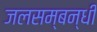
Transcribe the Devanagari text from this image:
जलसम्बन्धी